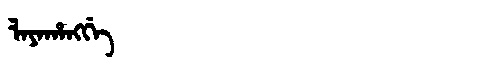
Manchu: ᠯᠠᠶᠠᡥᠠᠩᡤᡝ
Romanization: LAYAHANGGE